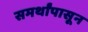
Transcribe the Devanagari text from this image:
समर्थांपासून